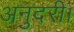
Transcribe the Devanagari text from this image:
अनुदरी।